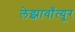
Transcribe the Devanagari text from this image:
लेझावाँत्यूर